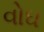
વોઘ